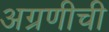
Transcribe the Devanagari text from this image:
अग्रणीची